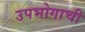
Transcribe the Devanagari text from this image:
उपभोगाची